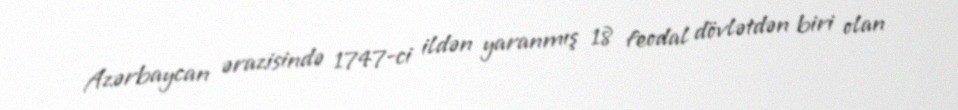
Azərbaycan ərazisində 1747-ci ildən yaranmış 18 feodal dövlətdən biri olan